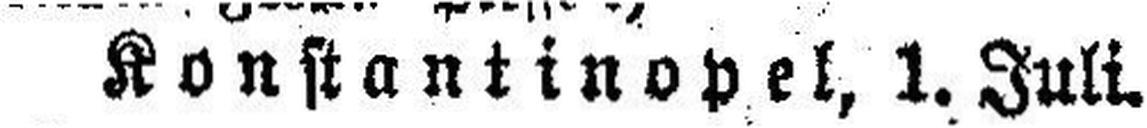
Konstantinopel, 1. Juli.